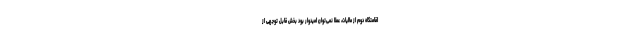
اقامتگاه دوم از مالیات، عملا نمی‌توان امیدوار بود بخش قابل توجهی از